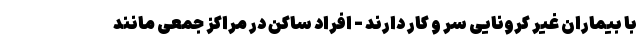
با بیماران غیر کرونایی سر و کار دارند - افراد ساکن در مراکز جمعی مانند